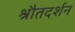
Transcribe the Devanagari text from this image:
श्रौतदर्शन